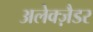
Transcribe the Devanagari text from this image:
अलेक्ज़ैडर